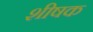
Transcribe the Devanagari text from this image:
शीषक